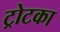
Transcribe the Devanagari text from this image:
ट्रोटका